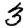
Digit: 3